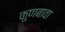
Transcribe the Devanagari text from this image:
कुणबावा